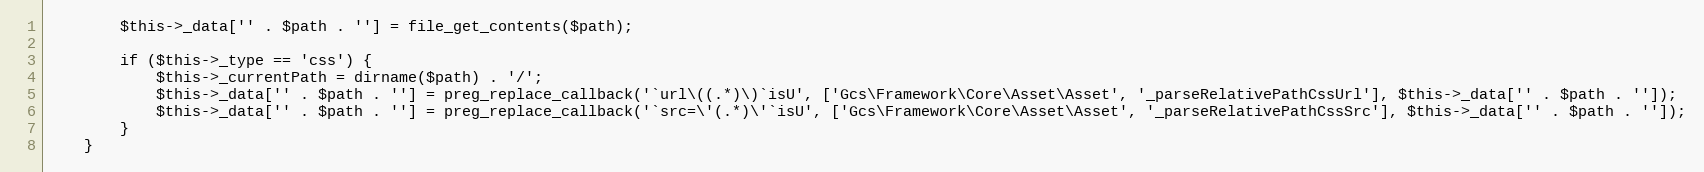
Language: PHP
        $this->_data['' . $path . ''] = file_get_contents($path);

        if ($this->_type == 'css') {
            $this->_currentPath = dirname($path) . '/';
            $this->_data['' . $path . ''] = preg_replace_callback('`url\((.*)\)`isU', ['Gcs\Framework\Core\Asset\Asset', '_parseRelativePathCssUrl'], $this->_data['' . $path . '']);
            $this->_data['' . $path . ''] = preg_replace_callback('`src=\'(.*)\'`isU', ['Gcs\Framework\Core\Asset\Asset', '_parseRelativePathCssSrc'], $this->_data['' . $path . '']);
        }
    }